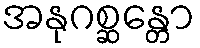
အနုဂစ္ဆန္တော